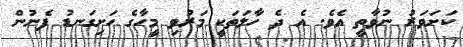
ކަށަވަރު ނުވާތީ އެވެ. އެ ދެ ހާލަތަކީ މަރުވި މީހާގެ ހަށިގަނޑު ފެނުން